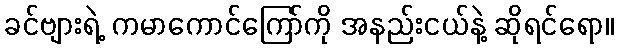
ခင်ဗျားရဲ့ ကမာကောင်ကြော်ကို အနည်းငယ်နဲ့ ဆိုရင်ရော။